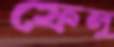
ফেলু